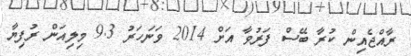
ރާއްޖެއިން ކުރާ ބޭސް ފަރުވާ އަށް 2014 ވަނަހަރު 9.3 މިލިއަން ރުފިޔާ